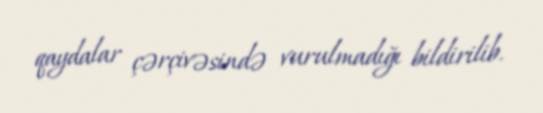
qaydalar çərçivəsində vurulmadığı bildirilib.